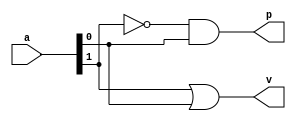
`timescale 1ns / 1ps
module lzd2(
	input [1:0] a,
	output p,
	output v);

assign p = ~a[1] & a[0];
assign v = a[1] | a[0];

endmodule